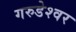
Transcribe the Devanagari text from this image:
गरुडेश्‍वर